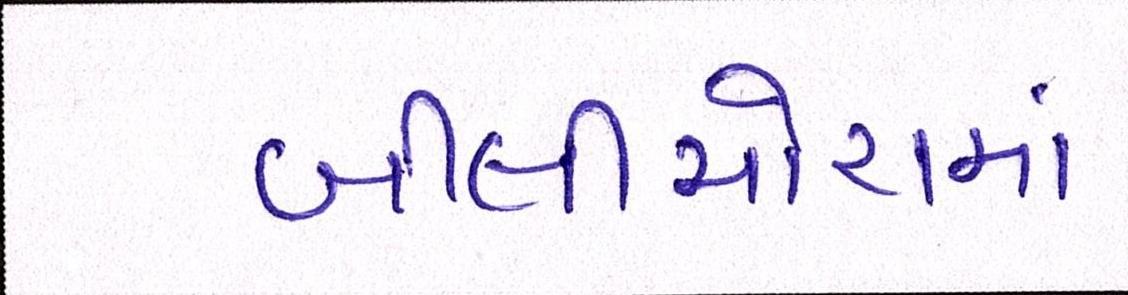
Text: બીલીમોરામાં